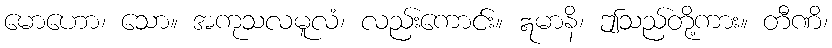
မောဟော၊ သော။ အကုသလမူလံ၊ လည်းကောင်း။ ဣမာနိ၊ ဤသည်တို့ကား။ တီဏိ၊